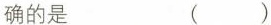
确的是 ( )